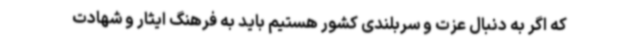
که اگر به دنبال عزت و سربلندی کشور هستیم باید به فرهنگ ایثار و شهادت